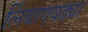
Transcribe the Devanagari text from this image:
लिंबाएवढ्या